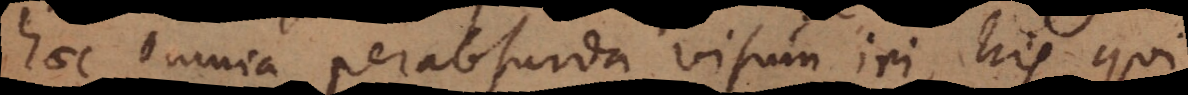
haec omnia perabsurda visum iri, his qui